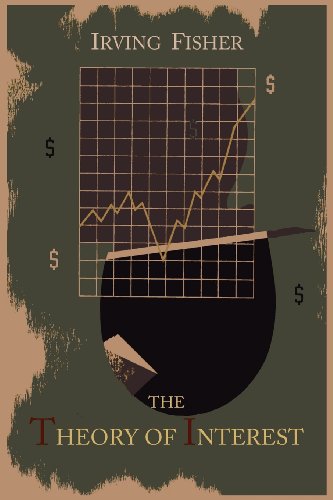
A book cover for The Theory of Interest as Determined by Impatience to Spend Income and Opportunity to Invest It; Irving Fisher; Business & Money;